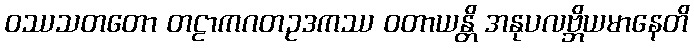
ဝဿသတတော တဠာကဂတဥဒကဿ ဝတာယန္တိ အနုပလဗ္ဘိယမာနေတိ